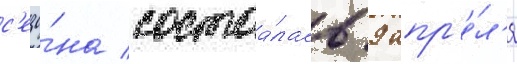
с'езо́на состоа́лась 9 апр'е́л'я